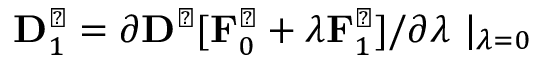
{ \bf D } _ { 1 } ^ { \perp } = \partial { \bf D } ^ { \perp } [ { \bf F } _ { 0 } ^ { \perp } + \lambda { \bf F } _ { 1 } ^ { \perp } ] / \partial \lambda ~ \vert _ { \lambda = 0 }